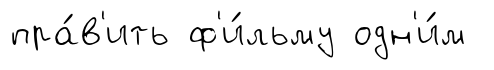
пра́в'ить ф'и́льму одн'и́м